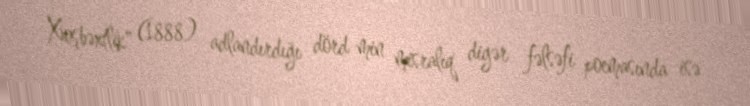
Xoşbəxtlik" (1888) adlandırdığı dörd min misralıq digər fəlsəfi poemasında isə